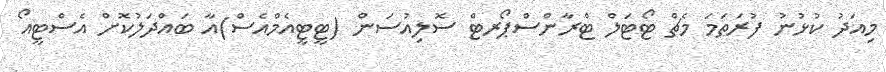
މިއަދު ކުޅުނު ފުރަތަމަ މެޗް ޓޯޓަލް ޓްރާންސްޕޯރޓް ސޮލިއުސަން (ޓީޓީއެމްއެސް)އާ ބައްދަލުކޮށް އެސްޓީއޯ